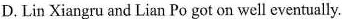
D.Lin Xiangru and Lian Po got on well eventually.